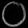
Digit: ၀